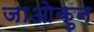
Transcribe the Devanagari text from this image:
जाओकुन